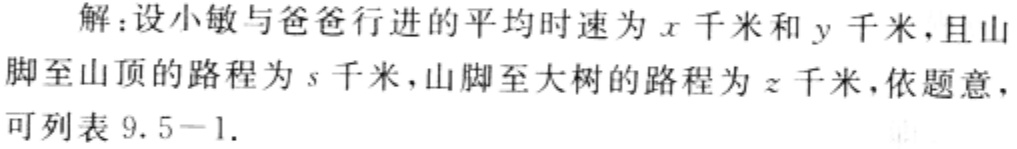
解：设小敏与爸爸行进的平均时速为\(x\)千米和\(y\)千米，且山脚至山顶的路程为\(s\)千米，山脚至大树的路程为\(z\)千米，依题意，可列表\(9.5 - 1\).